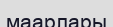
маарлары